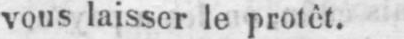
vous laisser le protêt.